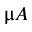
\upmu A